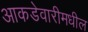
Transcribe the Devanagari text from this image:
आकडेवारीमधील